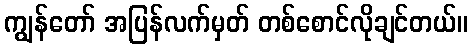
ကျွန်တော် အပြန်လက်မှတ် တစ်စောင်လိုချင်တယ်။